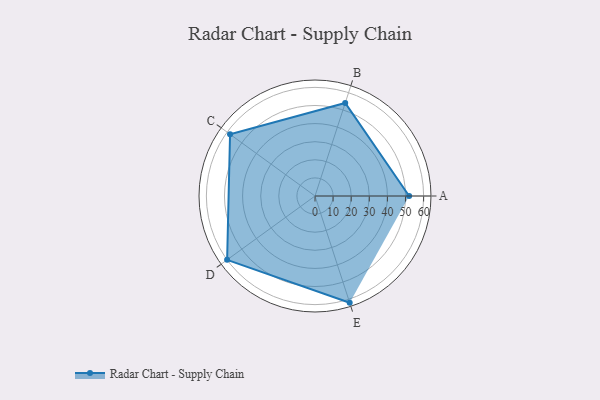
{"axis": {"x": "Skill", "y": "Score"}, "legend": ["Profile"], "data": [{"x": "A", "y": 52.0, "type": "Profile"}, {"x": "B", "y": 54.0, "type": "Profile"}, {"x": "C", "y": 58.0, "type": "Profile"}, {"x": "D", "y": 60.0, "type": "Profile"}, {"x": "E", "y": 62.0, "type": "Profile"}]}